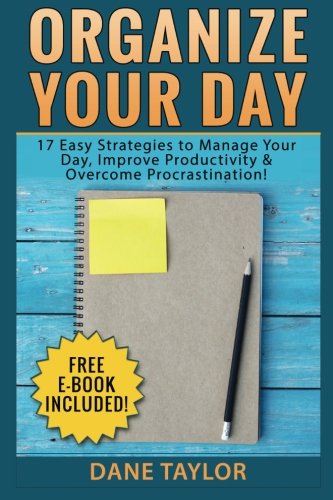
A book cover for Organize Your Day: 17 Easy Strategies to Manage Your Day, Improve Productivity & Overcome Procrastination (FREE Ebook Included) (Time Management, Procrastination, Stress Free Living, Organization); Dane Taylor; Business & Money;